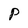
Character: p